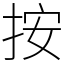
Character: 按